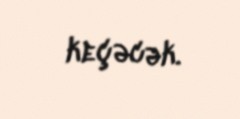
keçəcək.